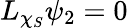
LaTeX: L_{\chi_{S}}\psi_{2}=0